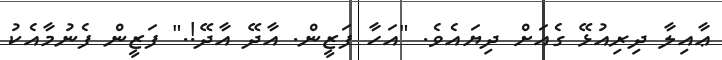
ޢާއިލާ ދިރިއުޅޭ ގެއަށް ދިޔައެވެ. "އަހާ ފަޒީން. އާދޭ އާދޭ!." ފަޒީން ފެނުމާއެކު